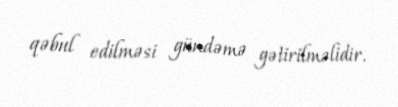
qəbul edilməsi gündəmə gətirilməlidir.